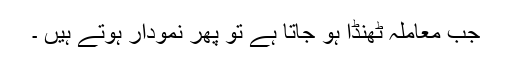
جب معاملہ ٹھنڈا ہو جاتا ہے تو پھر نمودار ہوتے ہیں ۔